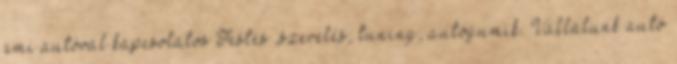
ami autóval kapcsolatos Festés ,szerelés, tuning, autógumik. Vállalunk autó